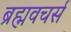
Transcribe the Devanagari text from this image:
ब्रह्मवचर्स